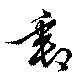
郵